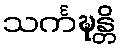
သင်္ကဍ္ဎန္တိ